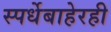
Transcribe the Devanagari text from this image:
स्पर्धेबाहेरही